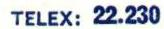
TELEX: 22.230